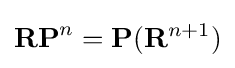
\mathbf {RP} ^{n}=\mathbf {P} (\mathbf {R} ^{n+1})